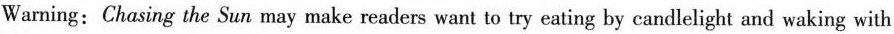
Warning:Chasing the Sun may make readers want to try eating by candlelight and waking with